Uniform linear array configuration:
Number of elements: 32
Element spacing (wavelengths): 0.25
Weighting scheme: binomial
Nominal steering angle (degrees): -45
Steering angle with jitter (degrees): -45.208
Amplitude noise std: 0.05
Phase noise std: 0.05

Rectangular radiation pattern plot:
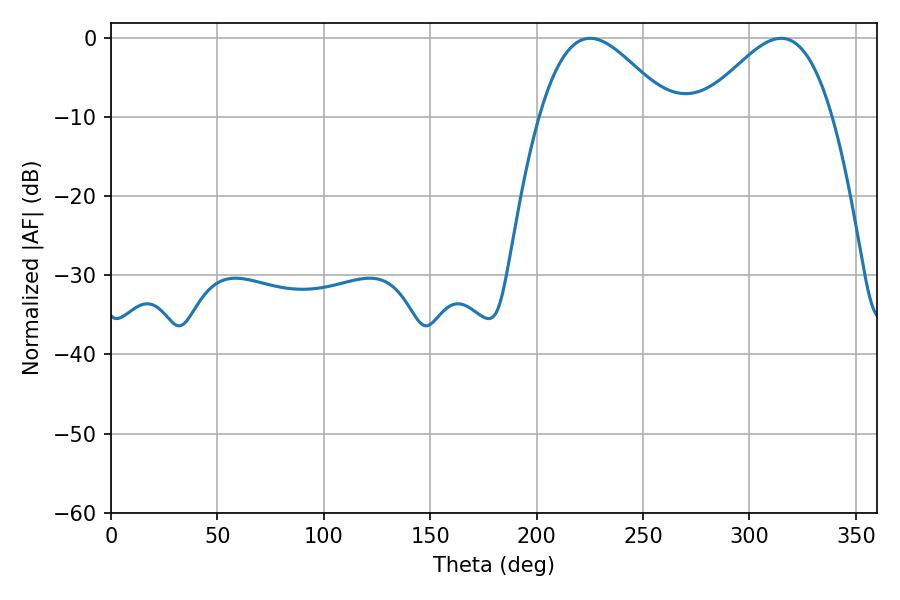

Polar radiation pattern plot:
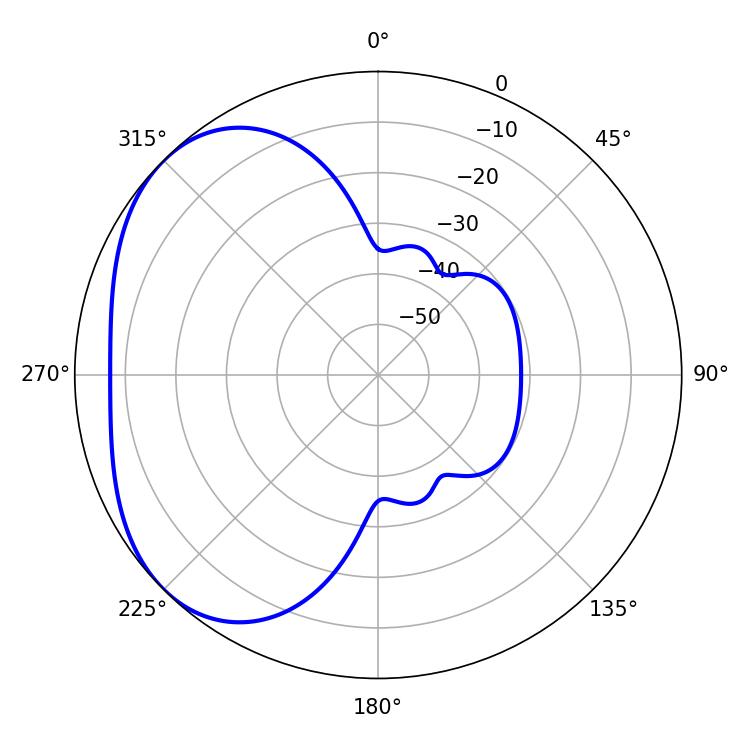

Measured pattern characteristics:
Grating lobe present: FALSE
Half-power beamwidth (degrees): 32.94
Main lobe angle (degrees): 225.18